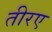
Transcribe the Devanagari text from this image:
तीरए